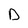
Character: D